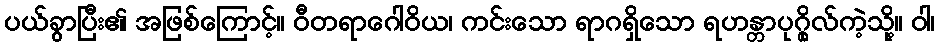
ပယ်ခွာပြီး၏ အဖြစ်ကြောင့်။ ဝီတရာဂေါဝိယ၊ ကင်းသော ရာဂရှိသော ရဟန္တာပုဂ္ဂိုလ်ကဲ့သို့။ ဝါ၊